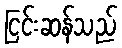
ငြင်းဆန်သည်